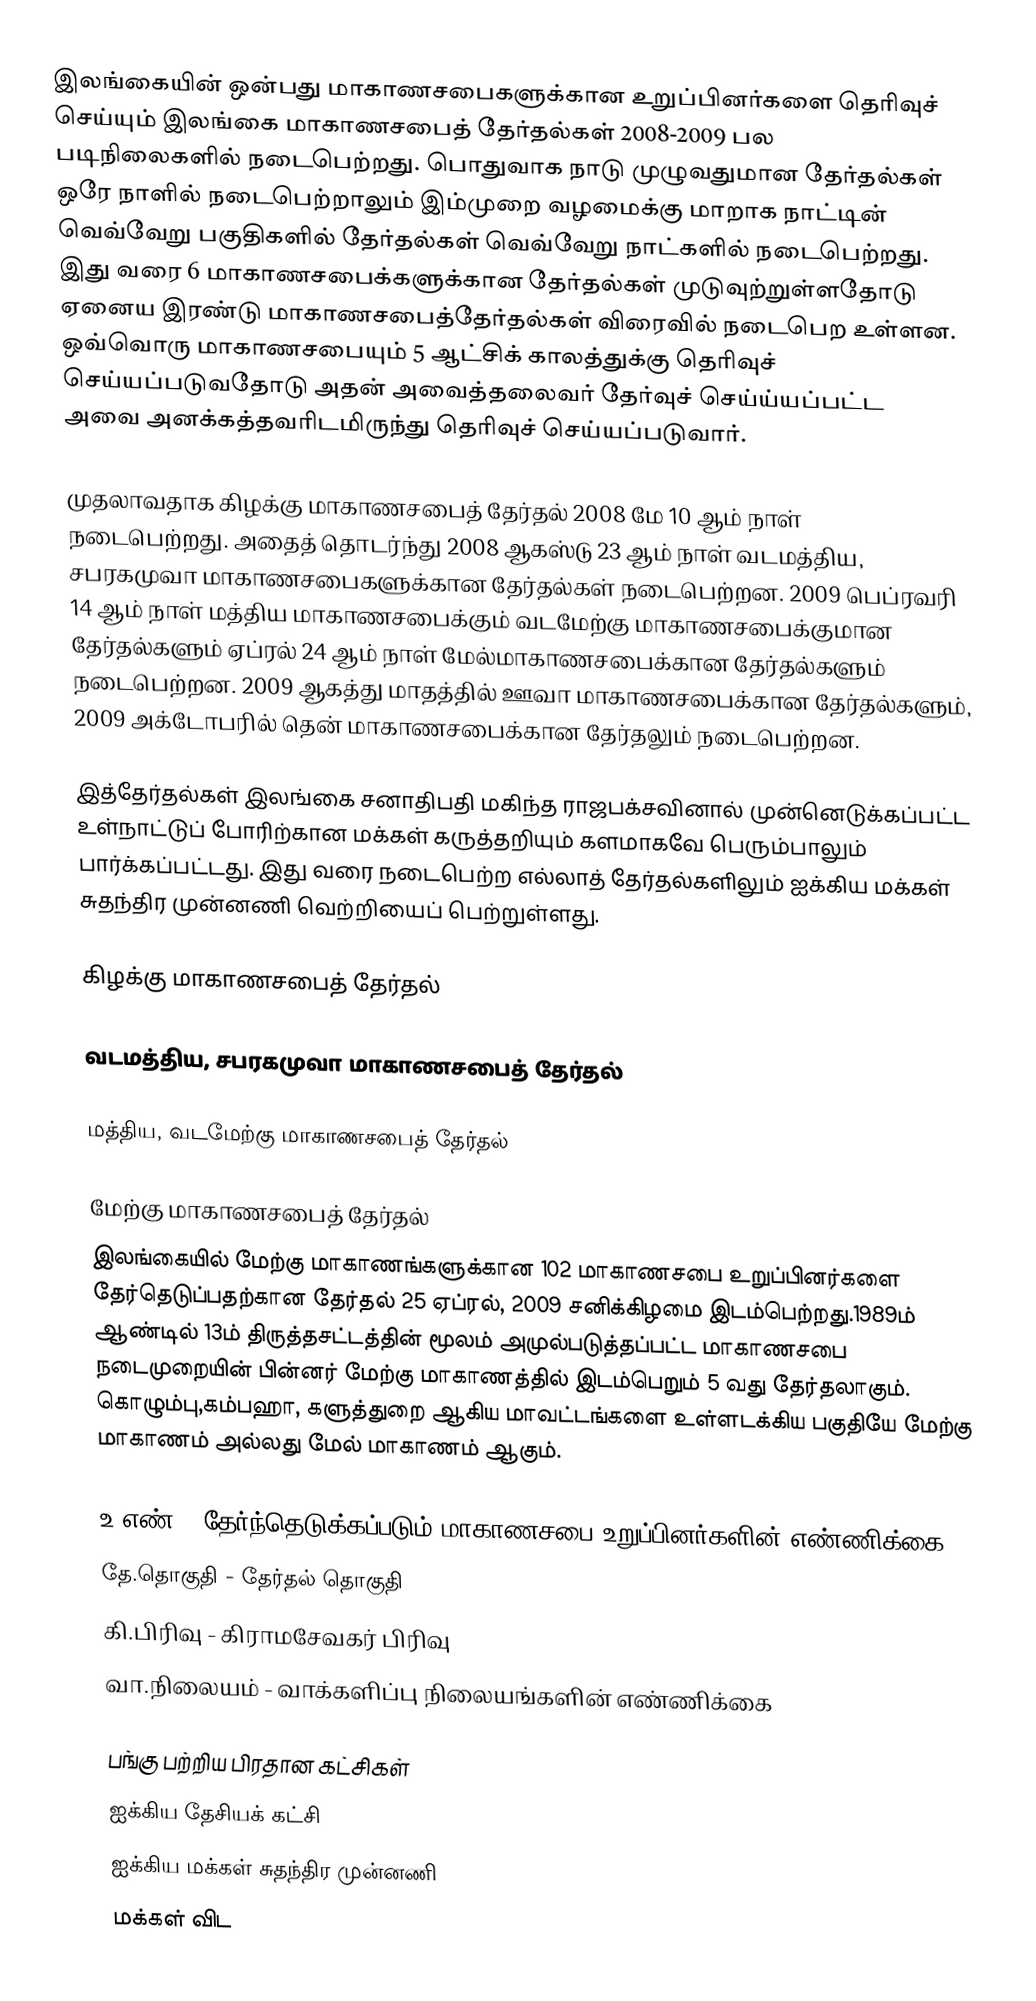
இலங்கையின் ஒன்பது மாகாணசபைகளுக்கான உறுப்பினர்களை தெரிவுச் செய்யும் இலங்கை மாகாணசபைத் தேர்தல்கள் 2008-2009 பல படிநிலைகளில் நடைபெற்றது. பொதுவாக நாடு முழுவதுமான தேர்தல்கள் ஒரே நாளில் நடைபெற்றாலும் இம்முறை வழமைக்கு மாறாக நாட்டின் வெவ்வேறு பகுதிகளில் தேர்தல்கள் வெவ்வேறு நாட்களில் நடைபெற்றது. இது வரை 6 மாகாணசபைக்களுக்கான தேர்தல்கள் முடுவுற்றுள்ளதோடு ஏனைய இரண்டு மாகாணசபைத்தேர்தல்கள் விரைவில் நடைபெற உள்ளன. ஒவ்வொரு மாகாணசபையும் 5 ஆட்சிக் காலத்துக்கு தெரிவுச் செய்யப்படுவதோடு அதன் அவைத்தலைவர் தேர்வுச் செய்ய்யப்பட்ட அவை அனக்கத்தவரிடமிருந்து தெரிவுச் செய்யப்படுவார்.

முதலாவதாக கிழக்கு மாகாணசபைத் தேர்தல் 2008 மே 10 ஆம் நாள் நடைபெற்றது. அதைத் தொடர்ந்து 2008 ஆகஸ்டு 23 ஆம் நாள் வடமத்திய, சபரகமுவா மாகாணசபைகளுக்கான தேர்தல்கள் நடைபெற்றன. 2009 பெப்ரவரி 14 ஆம் நாள் மத்திய மாகாணசபைக்கும் வடமேற்கு மாகாணசபைக்குமான தேர்தல்களும் ஏப்ரல் 24 ஆம் நாள் மேல்மாகாணசபைக்கான தேர்தல்களும் நடைபெற்றன. 2009 ஆகத்து மாதத்தில் ஊவா மாகாணசபைக்கான தேர்தல்களும், 2009 அக்டோபரில் தென் மாகாணசபைக்கான தேர்தலும் நடைபெற்றன.

இத்தேர்தல்கள் இலங்கை சனாதிபதி மகிந்த ராஜபக்சவினால் முன்னெடுக்கப்பட்ட உள்நாட்டுப் போரிற்கான மக்கள் கருத்தறியும் களமாகவே பெரும்பாலும் பார்க்கப்பட்டது. இது வரை நடைபெற்ற எல்லாத் தேர்தல்களிலும் ஐக்கிய மக்கள் சுதந்திர முன்னணி வெற்றியைப் பெற்றுள்ளது.

கிழக்கு மாகாணசபைத் தேர்தல்

வடமத்திய, சபரகமுவா மாகாணசபைத் தேர்தல்

மத்திய, வடமேற்கு மாகாணசபைத் தேர்தல்

மேற்கு மாகாணசபைத் தேர்தல்
இலங்கையில் மேற்கு மாகாணங்களுக்கான 102 மாகாணசபை உறுப்பினர்களை தேர்தெடுப்பதற்கான தேர்தல் 25 ஏப்ரல், 2009 சனிக்கிழமை இடம்பெற்றது.1989ம் ஆண்டில் 13ம் திருத்தசட்டத்தின் மூலம் அமுல்படுத்தப்பட்ட மாகாணசபை நடைமுறையின் பின்னர் மேற்கு மாகாணத்தில் இடம்பெறும் 5 வது தேர்தலாகும். கொழும்பு,கம்பஹா, களுத்துறை ஆகிய மாவட்டங்களை உள்ளடக்கிய பகுதியே மேற்கு மாகாணம் அல்லது மேல் மாகாணம் ஆகும்.

 உ.எண் - தேர்ந்தெடுக்கப்படும் மாகாணசபை உறுப்பினர்களின் எண்ணிக்கை
 தே.தொகுதி - தேர்தல் தொகுதி
 கி.பிரிவு - கிராமசேவகர் பிரிவு
 வா.நிலையம் - வாக்களிப்பு நிலையங்களின் எண்ணிக்கை

பங்கு பற்றிய பிரதான கட்சிகள்
ஐக்கிய தேசியக் கட்சி
ஐக்கிய மக்கள் சுதந்திர முன்னணி
மக்கள் விட